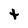
Character: t